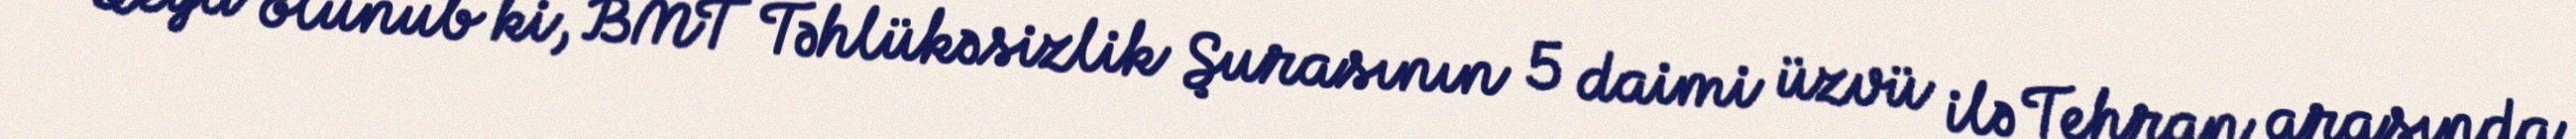
Qeyd olunub ki, BMT Təhlükəsizlik Şurasının 5 daimi üzvü ilə Tehran arasında